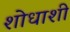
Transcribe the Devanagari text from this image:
शोधाशी